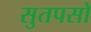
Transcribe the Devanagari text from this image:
सुतपसो